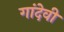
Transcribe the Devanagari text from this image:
गांदेवी